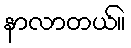
နာလာတယ်။